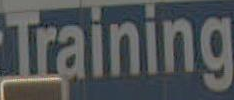
Training